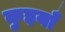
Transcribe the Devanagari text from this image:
कुइयाँ